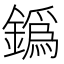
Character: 𨬞